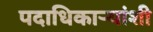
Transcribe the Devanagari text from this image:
पदाधिकार्‍यांशी